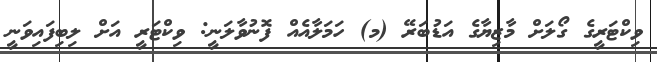
ވިކްޓަރީގެ ގޯލަށް މާޒިޔާގެ އަޑުބަރޭ (މ) ހަމަލާއެއް ފޮނުވާލަނީ: ވިކްޓަރީ އަށް ލިބިފައިވަނީ